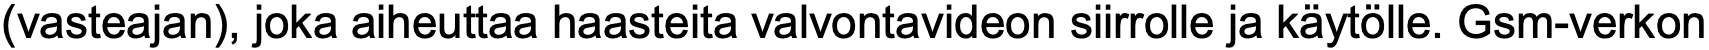
(vasteajan), joka aiheuttaa haasteita valvontavideon siirrolle ja käytölle. Gsm-verkon